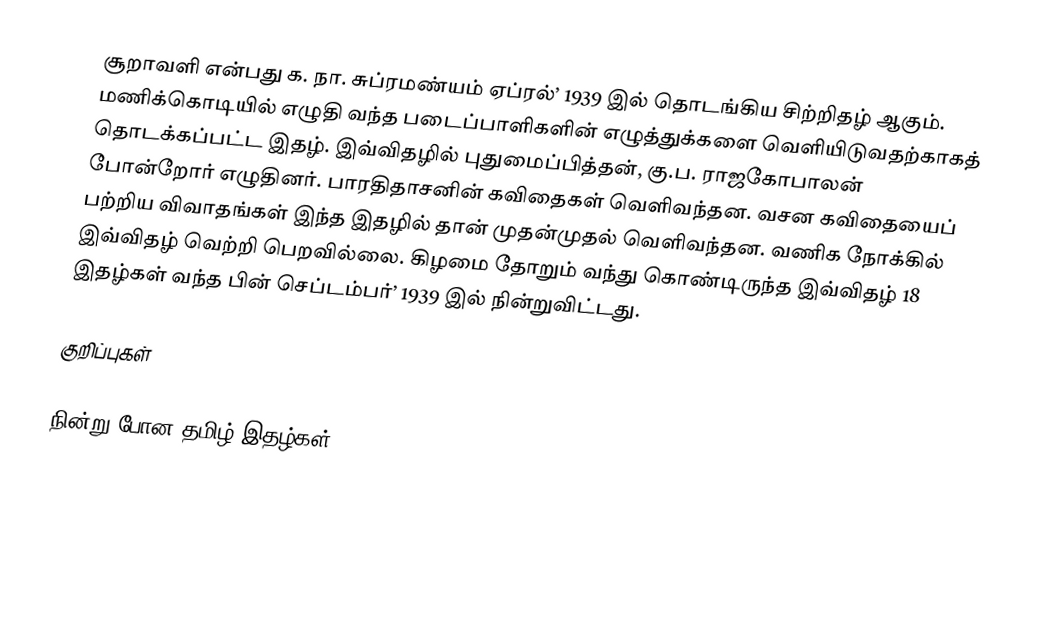
சூறாவளி என்பது க. நா. சுப்ரமண்யம் ஏப்ரல்’ 1939 இல் தொடங்கிய சிற்றிதழ் ஆகும். மணிக்கொடியில் எழுதி வந்த படைப்பாளிகளின் எழுத்துக்களை வெளியிடுவதற்காகத்  தொடக்கப்பட்ட இதழ். இவ்விதழில் புதுமைப்பித்தன், கு.ப. ராஜகோபாலன் போன்றோர் எழுதினர். பாரதிதாசனின் கவிதைகள் வெளிவந்தன. வசன கவிதையைப் பற்றிய விவாதங்கள் இந்த இதழில் தான் முதன்முதல் வெளிவந்தன. வணிக நோக்கில் இவ்விதழ் வெற்றி பெறவில்லை. கிழமை தோறும் வந்து கொண்டிருந்த இவ்விதழ் 18 இதழ்கள் வந்த பின் செப்டம்பர்’ 1939 இல் நின்றுவிட்டது.

குறிப்புகள்

நின்று போன தமிழ் இதழ்கள்